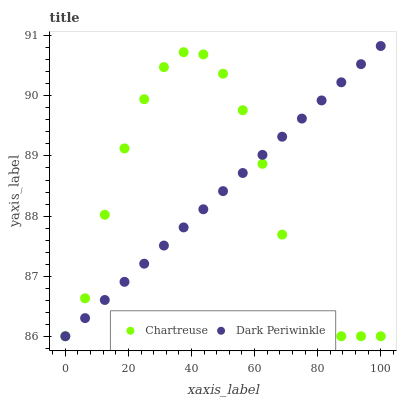
| xaxis_label | Chartreuse | Dark Periwinkle |
 | --- | --- | --- |
 | 0 | 86 | 86 |
 | 6.25 | 86.6 | 86.3 |
 | 12.5 | 88 | 86.6 |
 | 18.8 | 89.1 | 86.9 |
 | 25 | 89.9 | 87.2 |
 | 31.2 | 90.5 | 87.5 |
 | 37.5 | 90.7 | 87.8 |
 | 43.8 | 90.7 | 88.1 |
 | 50 | 90.4 | 88.4 |
 | 56.2 | 89.8 | 88.7 |
 | 62.5 | 88.9 | 89 |
 | 68.8 | 87.7 | 89.3 |
 | 75 | 86.2 | 89.6 |
 | 81.2 | 86 | 89.9 |
 | 87.5 | 86 | 90.2 |
 | 93.8 | 86 | 90.5 |
 | 100 | 86 | 90.8 |